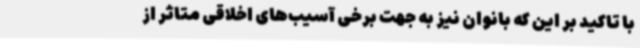
با تاکید بر این که بانوان نیز به جهت برخی آسیب‌های اخلاقی متاثر از